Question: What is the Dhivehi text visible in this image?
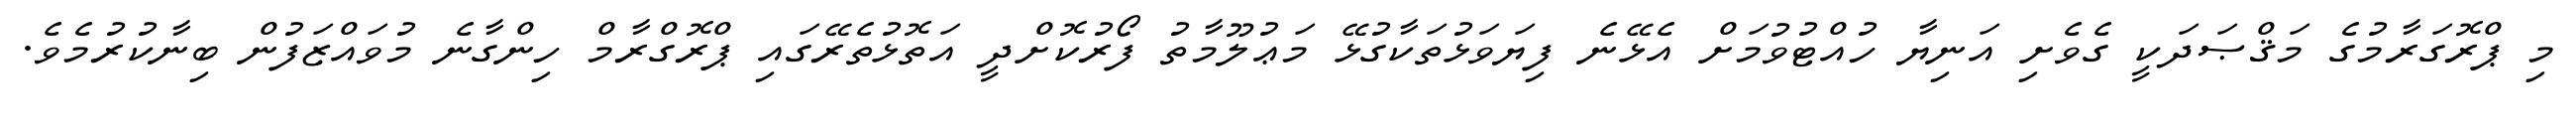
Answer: މި ޕްރޮގަރާމުގެ މަޤްޞަދަކީ ގެވެށި އަނިޔާ ހުއްޓުވުމަށް އެޅޭނެ ފިޔަވަޅުތަކާގުޅޭ މަޢުލޫމާތު ފޯރުކޮށްދީ އަތޮޅުތެރޭގައި ޕްރޮގްރާމް ހިންގާނެ މުވައްޒަފުން ބިނާކުރުމެވެ.